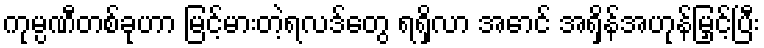
ကုမ္ပဏီတစ်ခုဟာ မြင့်မားတဲ့ရလဒ်တွေ ရရှိလာ အောင် အရှိန်အဟုန်မြှင့်ပြီး